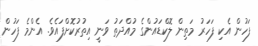
ފަހުން އެކި ފަހަރު މަތިން ލޮކްޑައުންގެ މުއްދަތު ވަނީ އިތުުރުކޮށްފައެވެ. އެންމެ ފަހުން